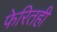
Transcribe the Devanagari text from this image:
फेरितही